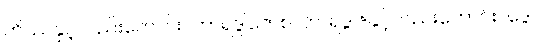
တိဿနှင့်လည်းကောင်း။ ဘာရဒွါဇောစ၊ ဘာရဒွါဇနှင့်လည်းကောင်း။ ဒွေ၊